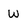
Character: W